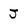
Character: J